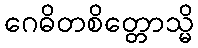
ဂေဓိတစိတ္တောသ္မိ